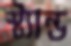
স্ট্যান্ড